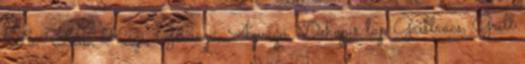
Fa, Fém, Kézi, Gérvágó, Ágvágó, Dekopír lap Grillrács, Grill